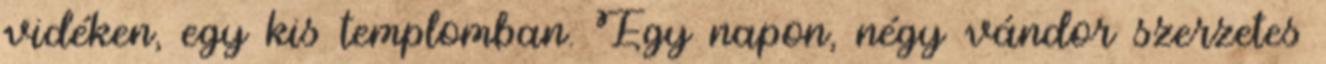
vidéken, egy kis templomban. Egy napon, négy vándor szerzetes